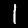
Label: 1